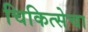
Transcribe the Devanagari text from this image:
चिकित्सेचा